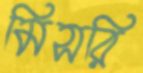
মিসরি